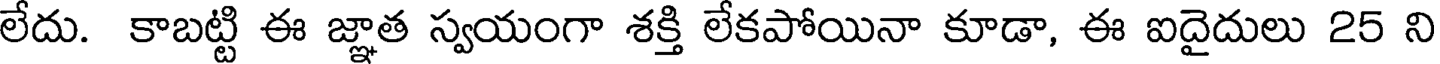
లేదు. కాబట్టి ఈ జ్ఞాత స్వయంగా శక్తి లేకపోయినా కూడా, ఈ ఐదైదులు 25 ని